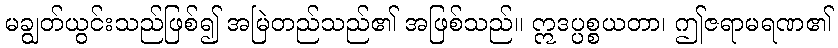
မချွတ်ယွင်းသည်ဖြစ်၍ အမြဲတည်သည်၏ အဖြစ်သည်။ ဣဒပ္ပစ္စယတာ၊ ဤဇရာမရဏ၏